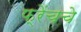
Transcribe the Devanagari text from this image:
फ्रेंचचे